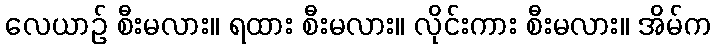
လေယာဉ် စီးမလား။ ရထား စီးမလား။ လိုင်းကား စီးမလား။ အိမ်က